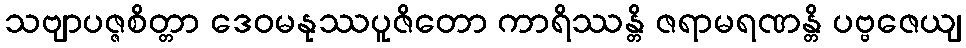
သဗျာပဇ္ဇစိတ္တာ ဒေဝမနုဿပူဇိတော ကာရိဿန္တိ ဇရာမရဏန္တိ ပဗ္ဗဇေယျ